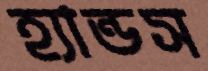
হ্যান্ডস